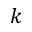
k